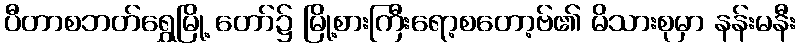
ပီတာစဘတ်ရွှေမြို့ တော်၌ မြို့စားကြီးရော့စတော့ဗ်၏ မိသားစုမှာ နန်းမနီး